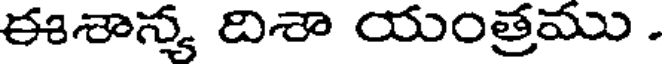
ఈశాన్య దిశా యంత్రము .